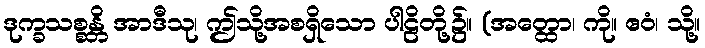
ဒုက္ခသစ္စန္တိ အာဒီသု၊ ဤသို့အစရှိသော ပါဠိတို့၌။ (အတ္ထော၊ ကို။ ဧဝံ၊ သို့။